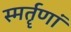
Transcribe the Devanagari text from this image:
स्मर्तॄणां